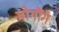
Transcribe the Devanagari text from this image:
मोगौंग